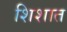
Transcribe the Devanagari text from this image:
शिशात